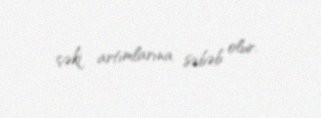
çəki artımlarına səbəb olur.